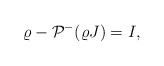
\begin{align*} \varrho-\mathcal{P}^{-}(\varrho J)=I,\end{align*}